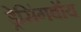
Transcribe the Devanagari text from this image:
ड्रेसिंगबॉय